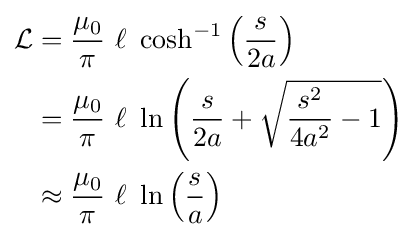
{\begin{aligned}{\mathcal {L}}&={\frac {\mu _{0}}{\pi }}\ \ell \ \cosh ^{-1}\left({\frac {s}{2a}}\right)\\&={\frac {\mu _{0}}{\pi }}\ \ell \ \ln \left({\frac {s}{2a}}+{\sqrt {{\frac {s^{2}}{4a^{2}}}-1}}\right)\\&\approx {\frac {\mu _{0}}{\pi }}\ \ell \ \ln \left({\frac {s}{a}}\right)\end{aligned}}